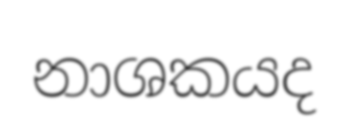
නාශකයද